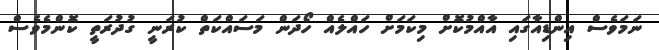
ނަމަވެސް އިންޑިއާގައި އާއްމުކޮށް މިކަމަށް ހައްލެއް ހޯދަން މަސައްކަތް ކުރަނީ ގުދުރަތީ ކޮންމެވެސް